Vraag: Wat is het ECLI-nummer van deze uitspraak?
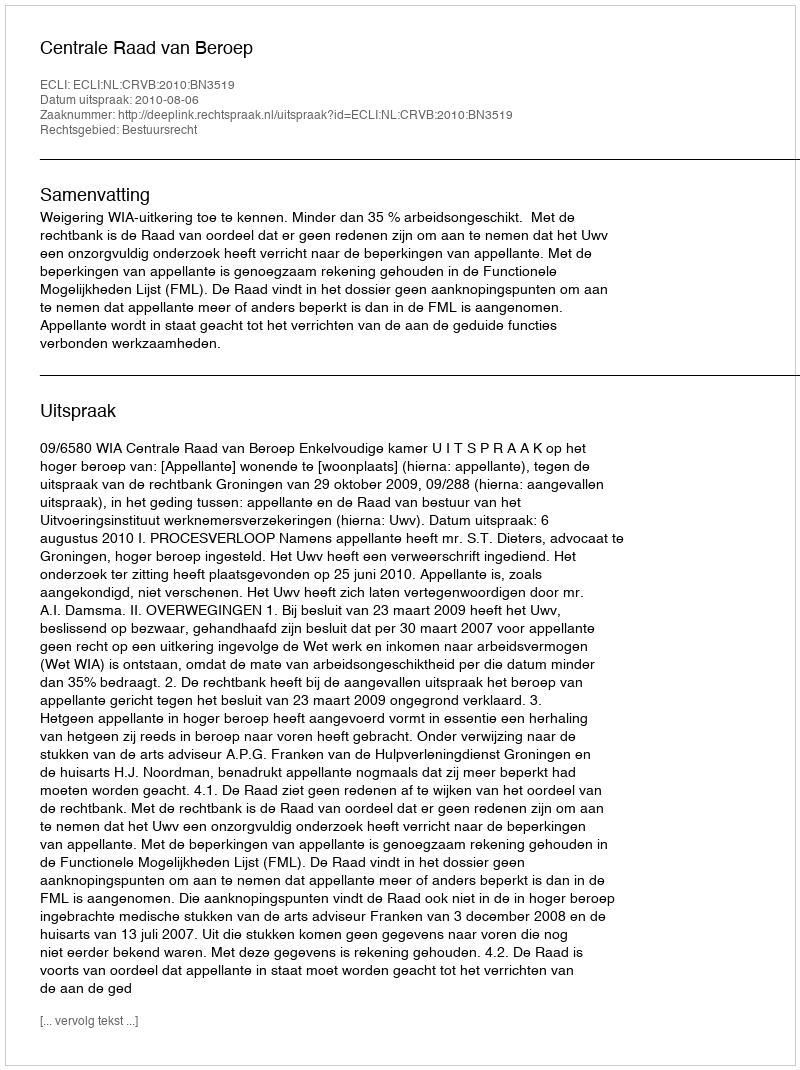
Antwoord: ECLI:NL:CRVB:2010:BN3519